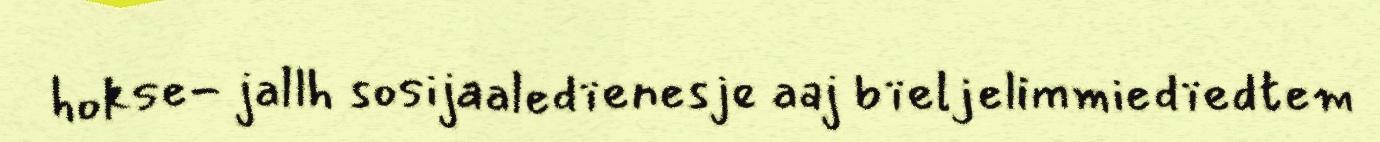
hokse- jallh sosijaaledïenesje aaj bïeljelimmiedïedtem